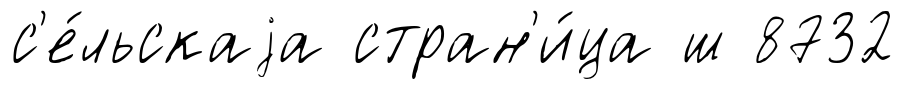
с'е́льскаjа стран'и́ца ш 8732